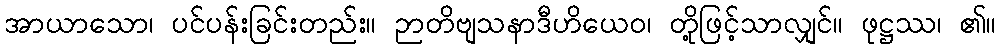
အာယာသော၊ ပင်ပန်းခြင်းတည်း။ ဉာတိဗျသနာဒီဟိယေဝ၊ တို့ဖြင့်သာလျှင်။ ဖုဋ္ဌဿ၊ ၏။